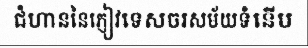
ជំហាននៃភ្ញៀវទេសចរសម័យទំនើប